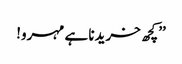
’’کچھ خریدنا ہے مہرو!